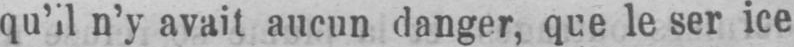
n’y avait aucun danger, que le ser ice